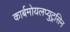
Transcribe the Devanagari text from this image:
कार्बमोयलप्युट्रसिन